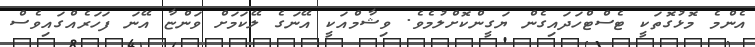
އެންމެ މޮޅުގޮތަކީ ޓެސްޓްހަދައިގެން ޔަގީންކޮށްލުމެވެ. ވިޝާމްއަކީ އޭނަގެ ލޭކަމަށް ވަންޏާ އޭނަ ފަހަރެއްގައިވެސް